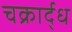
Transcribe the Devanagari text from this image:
चक्रार्द्ध